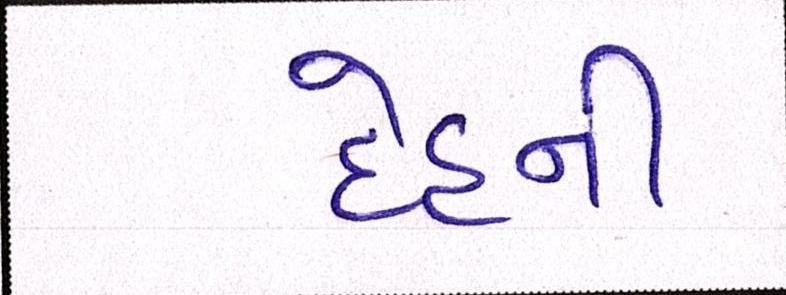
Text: દેહની